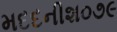
મદદનીશ૦૭૯